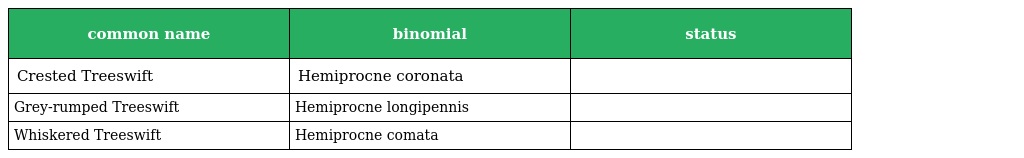
| common name | binomial | status |
 | --- | --- | --- |
 | Crested Treeswift | Hemiprocne coronata |  |
 | Grey-rumped Treeswift | Hemiprocne longipennis |  |
 | Whiskered Treeswift | Hemiprocne comata |  |